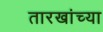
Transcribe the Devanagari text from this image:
तारखांच्या